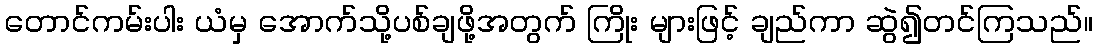
တောင်ကမ်းပါး ယံမှ အောက်သို့ပစ်ချဖို့အတွက် ကြိုး များဖြင့် ချည်ကာ ဆွဲ၍တင်ကြသည်။